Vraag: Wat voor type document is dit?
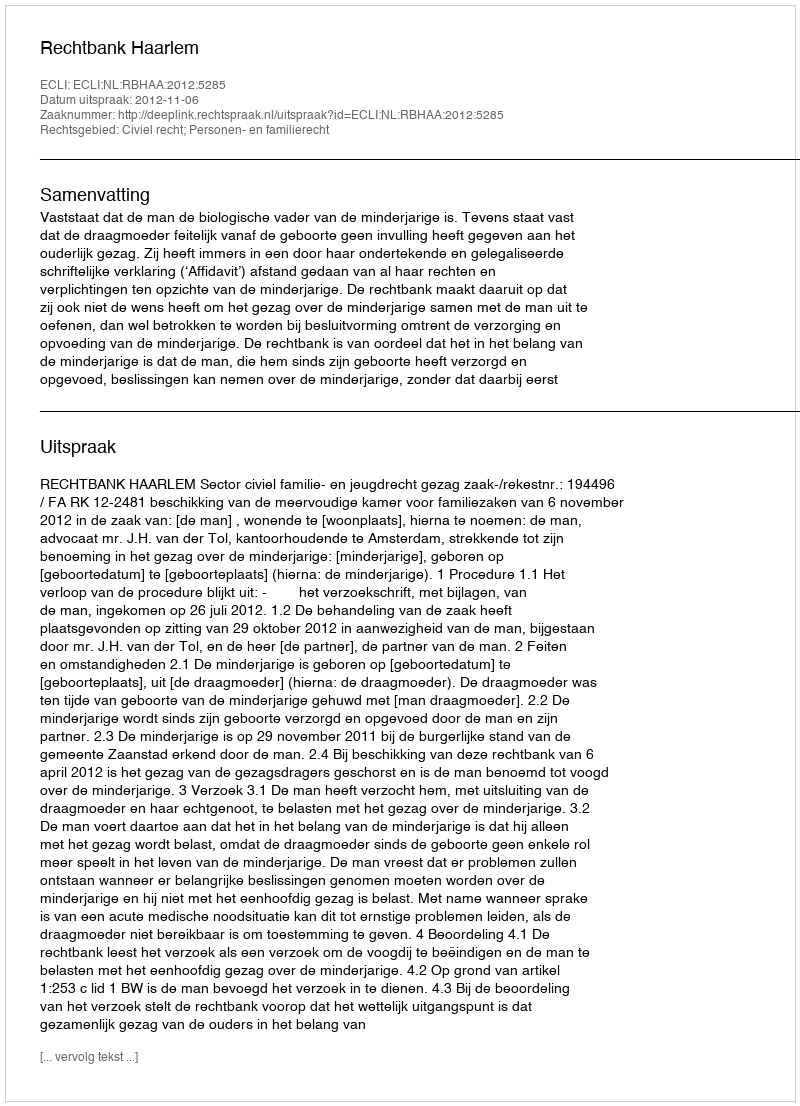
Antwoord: Uitspraak